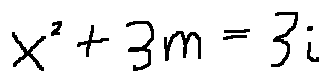
x ^ { 2 } + 3 m = 3 i